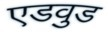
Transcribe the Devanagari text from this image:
एडवुड